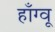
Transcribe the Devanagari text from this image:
हाँग्वू